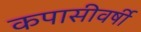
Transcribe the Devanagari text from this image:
कपासीवर्षी